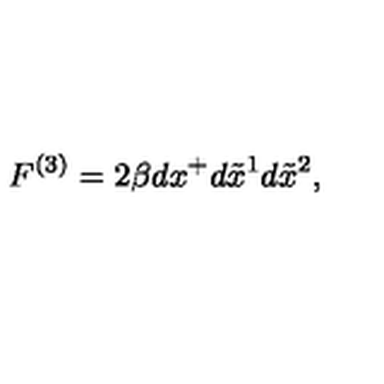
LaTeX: F ^ { ( 3 ) } = 2 \beta d x ^ { + } d \tilde { x } ^ { 1 } d \tilde { x } ^ { 2 } ,